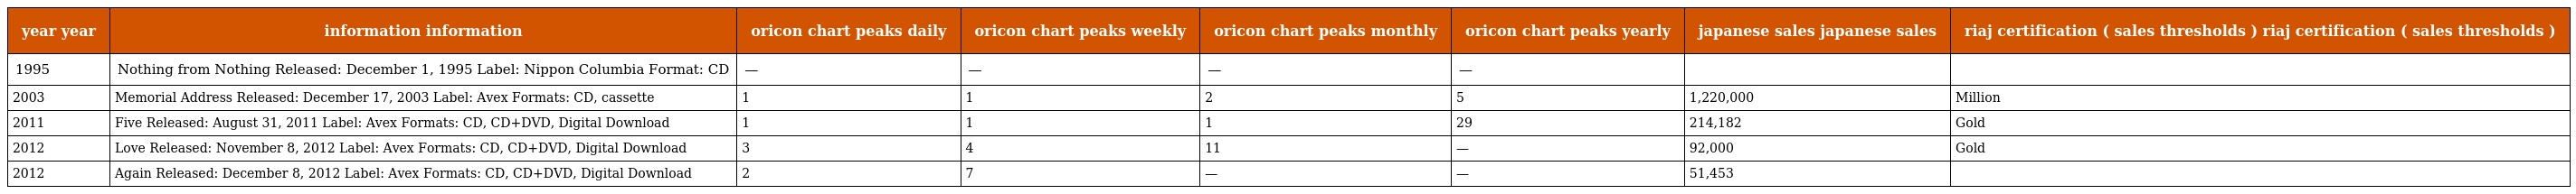
| year year | information information | oricon chart peaks daily | oricon chart peaks weekly | oricon chart peaks monthly | oricon chart peaks yearly | japanese sales japanese sales | riaj certification ( sales thresholds ) riaj certification ( sales thresholds ) |
 | --- | --- | --- | --- | --- | --- | --- | --- |
 | 1995 | Nothing from Nothing Released: December 1, 1995 Label: Nippon Columbia Format: CD | — | — | — | — |  |  |
 | 2003 | Memorial Address Released: December 17, 2003 Label: Avex Formats: CD, cassette | 1 | 1 | 2 | 5 | 1,220,000 | Million |
 | 2011 | Five Released: August 31, 2011 Label: Avex Formats: CD, CD+DVD, Digital Download | 1 | 1 | 1 | 29 | 214,182 | Gold |
 | 2012 | Love Released: November 8, 2012 Label: Avex Formats: CD, CD+DVD, Digital Download | 3 | 4 | 11 | — | 92,000 | Gold |
 | 2012 | Again Released: December 8, 2012 Label: Avex Formats: CD, CD+DVD, Digital Download | 2 | 7 | — | — | 51,453 |  |